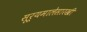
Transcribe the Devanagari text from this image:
सूर्यमालेसारखी